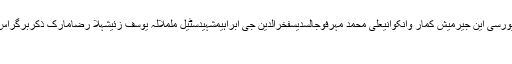
عمران خانعالمی بینکپی آئی اےانقلاب مارچفریال تالپورسی این جیرمیش کمار وانکوانیعلی محمد مہرفوجالسديسفخرالدین جی ابراہیمشہیدسٹیل ململالہ یوسف زئیشہلا رضامارک ذکربرگراس الخیمہ، سزاحقانی نیٹ ورکٹریفک حادثہحریت پسند
لاہور(اُردو پوائنٹ اخبارتازہ ترین۔